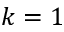
k = 1